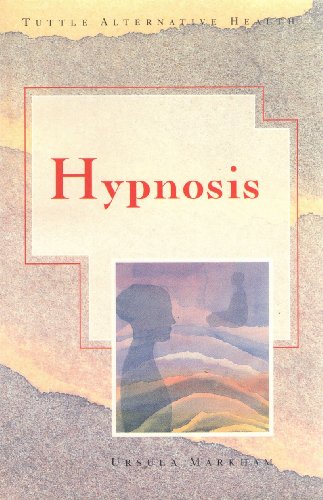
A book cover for Hypnosis (Tuttle Alternative Health); Ursula Markham; Health, Fitness & Dieting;